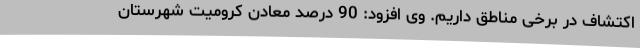
اکتشاف در برخی مناطق داریم. وی افزود: 90 درصد معادن کرومیت شهرستان